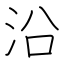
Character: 沿